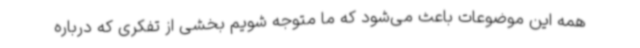
همه این موضوعات باعث می‌شود که ما متوجه شویم بخشی از تفکری که درباره